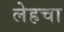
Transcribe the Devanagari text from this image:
लेहचा